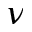
\nu